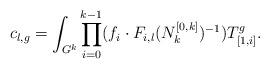
LaTeX: \begin{align*}c_{l,g} = \int_{G^{k}} \prod_{i=0}^{k-1} (f_{i} \cdot F_{i,l} (N^{[0,k]}_{k})^{-1}) T_{[1,i]}^{g}.\end{align*}